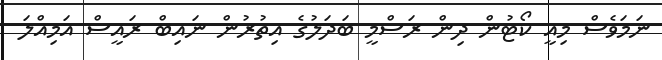
ނަމަވެސް މިއީ ކޯޓުން ދިން ރަސްމީ ބަދަލުގެ އިތުރުން ނައިބް ރައީސް އަމިއްލަ